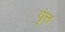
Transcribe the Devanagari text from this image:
वृंत्त